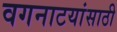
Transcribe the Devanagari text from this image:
वगनाटयांसाठी